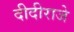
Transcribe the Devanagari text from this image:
दीदीराजे